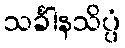
သင်္ခါနသိပ္ပံ